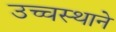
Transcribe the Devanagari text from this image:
उच्चस्थाने